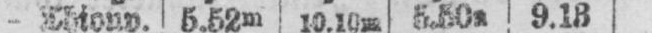
- Thionv. 5.52m 10.10m 5.50a 9.18